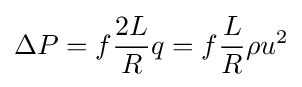
\Delta P=f{\frac {2L}{R}}q=f{\frac {L}{R}}\rho u^{2}